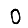
Digit: 0